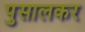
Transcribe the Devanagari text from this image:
पुसालकर